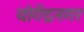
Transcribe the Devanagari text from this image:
योगेंद्रनगर